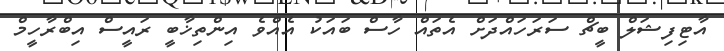
އާޓިފިޝަލް ބީޗް ސަރަހައްދަށް އެތައް ހާސް ބައަކު އެއްވެ އިންތިޚާބީ ރައީސް އިބްރާހީމް